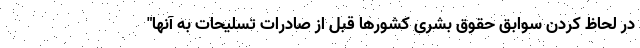
در لحاظ کردن سوابق حقوق بشری کشورها قبل از صادرات تسلیحات به آنها"